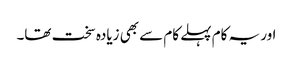
اور یہ کام پہلے کام سے بھی زیادہ سخت تھا۔